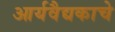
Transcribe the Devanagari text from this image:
आर्यवैद्यकाचे